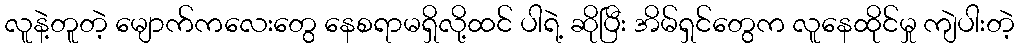
လူနဲ့တူတဲ့ မျောက်ကလေးတွေ နေစရာမရှိလို့ထင် ပါရဲ့ ဆိုပြီး အိမ်ရှင်တွေက လူနေထိုင်မှု ကျဲပါးတဲ့